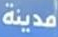
مدينة